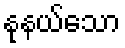
နုနယ်သော